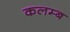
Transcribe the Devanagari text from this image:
कलम्ब